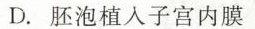
D.胚泡植入子宫内膜